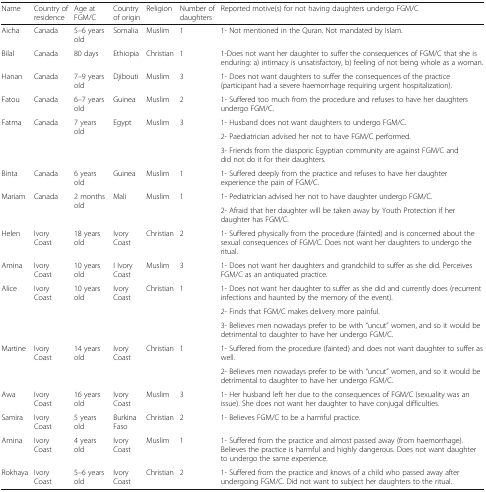
<table><thead><tr><td><b>Name</b></td><td><b>Country of residence</b></td><td><b>Age at FGM/C</b></td><td><b>Country of origin</b></td><td><b>Religion</b></td><td><b>Number of daughters</b></td><td><b>Reported motive(s) for not having daughters undergo FGM/C</b></td></tr></thead><tbody><tr><td>Aicha</td><td>Canada</td><td>5–6 years old</td><td>Somalia</td><td>Muslim</td><td>1</td><td>1- Not mentioned in the Quran. Not mandated by Islam.</td></tr><tr><td>Bilal</td><td>Canada</td><td>80 days</td><td>Ethiopia</td><td>Christian</td><td>1</td><td>1-Does not want her daughter to suffer the consequences of FGM/C that she is enduring: a) intimacy is unsatisfactory, b) feeling of not being whole as a woman.</td></tr><tr><td>Hanan</td><td>Canada</td><td>7–9 years old</td><td>Djibouti</td><td>Muslim</td><td>3</td><td>1- Does not want daughters to suffer the consequences of the practice (participant had a severe haemorrhage requiring urgent hospitalization).</td></tr><tr><td>Fatou</td><td>Canada</td><td>6–7 years old</td><td>Guinea</td><td>Muslim</td><td>2</td><td>1- Suffered too much from the procedure and refuses to have her daughters undergo FGM/C.</td></tr><tr><td rowspan="3">Fatma</td><td rowspan="3">Canada</td><td rowspan="3">7 years old</td><td rowspan="3">Egypt</td><td rowspan="3">Muslim</td><td rowspan="3">3</td><td>1- Husband does not want daughters to undergo FGM/C.</td></tr><tr><td>2- Paediatrician advised her not to have FGM/C performed.</td></tr><tr><td>3- Friends from the diasporic Egyptian community are against FGM/C anddid not do it for their daughters.</td></tr><tr><td>Binta</td><td>Canada</td><td>6 years old</td><td>Guinea</td><td>Muslim</td><td>1</td><td>1- Suffered deeply from the practice and refuses to have her daughter experience the pain of FGM/C.</td></tr><tr><td rowspan="2">Mariam</td><td rowspan="2">Canada</td><td rowspan="2">2 months old</td><td rowspan="2">Mali</td><td rowspan="2">Muslim</td><td rowspan="2">1</td><td>1- Pediatrician advised her not to have daughter undergo FGM/C.</td></tr><tr><td>2- Afraid that her daughter will be taken away by Youth Protection if her daughter has FGM/C.</td></tr><tr><td>Helen</td><td>Ivory Coast</td><td>18 years old</td><td>Ivory Coast</td><td>Christian</td><td>2</td><td>1- Suffered physically from the procedure (fainted) and is concerned about the sexual consequences of FGM/C. Does not want her daughters to undergo the ritual.</td></tr><tr><td>Amina</td><td>Ivory Coast</td><td>10 years old</td><td>I Ivory Coast</td><td>Muslim</td><td>3</td><td>1- Does not want her daughters and grandchild to suffer as she did. Perceives FGM/C as an antiquated practice.</td></tr><tr><td rowspan="3">Alice</td><td rowspan="3">Ivory Coast</td><td rowspan="3">10 years old</td><td rowspan="3">Ivory Coast</td><td rowspan="3">Christian</td><td rowspan="3">1</td><td>1- Does not want her daughter to suffer as she did and currently does (recurrent infections and haunted by the memory of the event).</td></tr><tr><td>2- Finds that FGM/C makes delivery more painful.</td></tr><tr><td>3- Believes men nowadays prefer to be with “uncut” women, and so it would be detrimental to daughter to have her undergo FGM/C.</td></tr><tr><td rowspan="2">Martine</td><td rowspan="2">Ivory Coast</td><td rowspan="2">14 years old</td><td rowspan="2">Ivory Coast</td><td rowspan="2">Christian</td><td rowspan="2">1</td><td>1- Suffered from the procedure (fainted) and does not want daughter to suffer as well.</td></tr><tr><td>2- Believes men nowadays prefer to be with “uncut” women, and so it would be detrimental to daughter to have her undergo FGM/C.</td></tr><tr><td>Awa</td><td>Ivory Coast</td><td>16 years old</td><td>Ivory Coast</td><td>Muslim</td><td>3</td><td>1- Her husband left her due to the consequences of FGM/C (sexuality was an issue). She does not want her daughter to have conjugal difficulties.</td></tr><tr><td>Samira</td><td>Ivory Coast</td><td>5 years old</td><td>Burkina Faso</td><td>Christian</td><td>2</td><td>1- Believes FGM/C to be a harmful practice.</td></tr><tr><td>Amina</td><td>Ivory Coast</td><td>4 years old</td><td>Ivory Coast</td><td>Muslim</td><td>1</td><td>1- Suffered from the practice and almost passed away (from haemorrhage). Believes the practice is harmful and highly dangerous. Does not want daughter to undergo the same experience.</td></tr><tr><td>Rokhaya</td><td>Ivory Coast</td><td>5–6 years old</td><td>Ivory Coast</td><td>Christian</td><td>2</td><td>1- Suffered from the practice and knows of a child who passed away after undergoing FGM/C. Did not want to subject her daughters to the ritual.</td></tr></tbody></table>